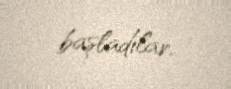
başladılar.